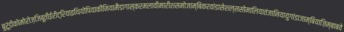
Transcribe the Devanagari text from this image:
बुरूंडीकोमोरोज़जिबूतीईरीट्रियाइथियोपियाकीनियामैडागास्करमलावीमारीशसमोजाम्बिकरवांडासेशल्ससोमालियातंजानियायुगांडाजाम्बियाज़िम्बाबवे